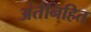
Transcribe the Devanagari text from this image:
अंर्तनिहित